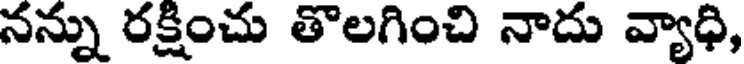
నన్ను రక్షించు తొలగించి నాదు వ్యాధి,